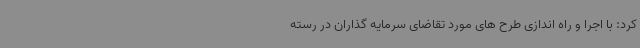
کرد: با اجرا و راه اندازی طرح های مورد تقاضای سرمایه گذاران در رسته